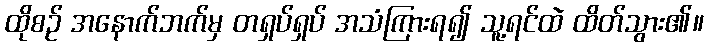
ထိုစဉ် အနောက်ဘက်မှ တရှပ်ရှပ် အသံကြားရ၍ သူ့ရင်ထဲ ထိတ်သွား၏။